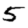
Digit: 5